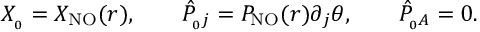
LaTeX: X _ { _ 0 } = X _ { \mathrm { N O } } ( r ) , \qquad { \hat { P } } _ { _ 0 j } = P _ { \mathrm { N O } } ( r ) \partial _ { j } \theta , \qquad { \hat { P } } _ { _ 0 A } = 0 .